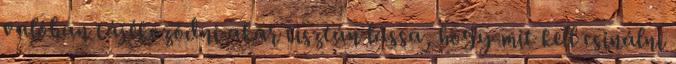
valóban tájékozódni akar tisztán lássa, hogy mit kell csinálni